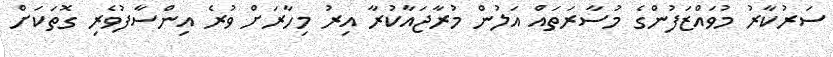
ސަރުކާރު މުވައްޒަފުންގެ މުސާރަތައް އަލުން މުރާޖައާކުރާ އިރު މިހާރަށް ވުރެ އިންސާފުވެރި ގޮތަކަށް